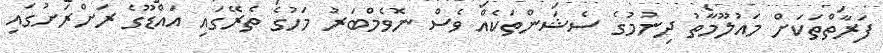
ފަރާތްތަކަށް މައުލޫމާތު ދިނުމުގެ ސެޝަންތަކެއް ވެސް ނޮވެމްބަރު މަހުގެ ތެރޭގައި އައްޑޫގެ ރަށްރަށުގައި